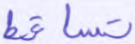
تساقط